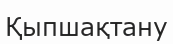
Қыпшақтану